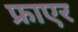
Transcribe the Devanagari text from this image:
फ्राएर